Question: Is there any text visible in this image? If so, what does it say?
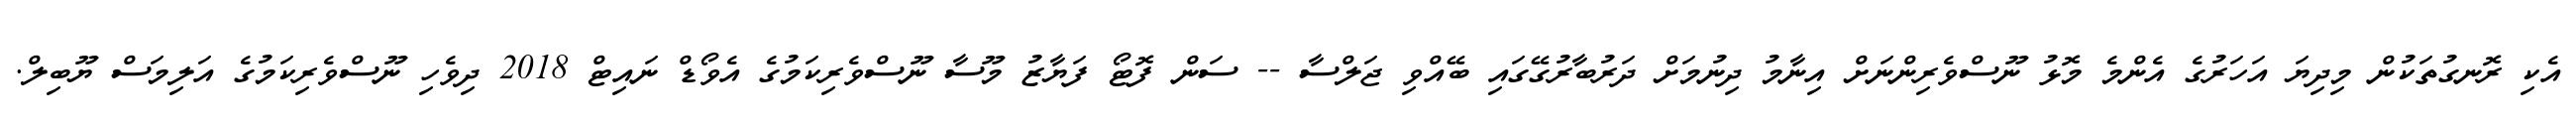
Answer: އެކި ރޮނގުތަކުން މިދިޔަ އަހަރުގެ އެންމެ މޮޅު ނޫސްވެރިންނަށް އިނާމު ދިނުމަށް ދަރުބާރުގޭގައި ބޭއްވި ޖަލްސާ -- ސަން ފޮޓޯ ފަޔާޒު މޫސާ ނޫސްވެރިކަމުގެ އެވޯޑް ނައިޓް 2018 ދިވެހި ނޫސްވެރިކަމުގެ އަލިމަސް ޔޫބިލް.